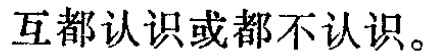
互都认识或都不认识。